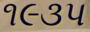
૧૯૩પ